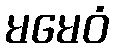
မမေဝံ